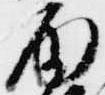
雨